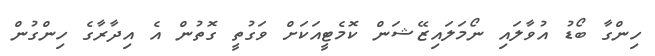
ހިންގާ ބޯޑު އުވާލައި ނޯމަލައިޒޭޝަން ކޮމެޓީއަކަށް ވަގުތީ ގޮތުން އެ އިދާރާގެ ހިންގުން